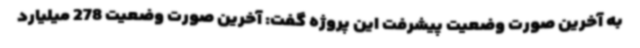
به آخرین صورت وضعیت پیشرفت این پروژه گفت: آخرین صورت وضعیت 278 میلیارد